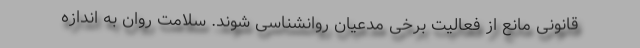
قانونی مانع از فعالیت برخی مدعیان روانشناسی شوند. سلامت روان به اندازه